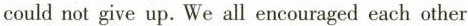
could not give up.We all encouraged each other